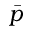
\Bar { p }